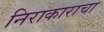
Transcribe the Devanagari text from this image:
निराकाराचा